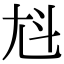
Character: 𡯏